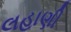
લહાણી